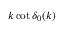
k \cot \delta _ { 0 } ( k )